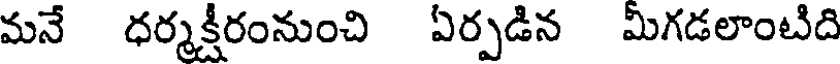
మనే ధర్మక్షీరంనుంచి ఏర్పడిన మీగడలాంటిది